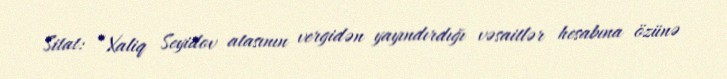
Sitat: “Xaliq Seyidov atasının vergidən yayındırdığı vəsaitlər hesabına özünə